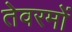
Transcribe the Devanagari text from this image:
तेवरमों